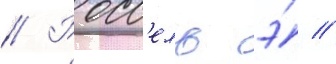
// Росс'ель э́ //